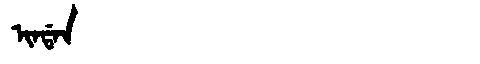
Manchu: ᡳᠨᡩᠠᠨ
Romanization: INDAN